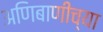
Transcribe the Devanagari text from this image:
अणिबाणीच्या